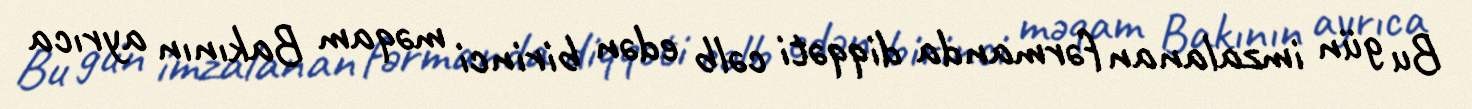
Bu gün imzalanan fərmanda diqqəti cəlb edən birinci məqam Bakının ayrıca